Memorandum on the prevention of leprosy by segregation of the affected
Disease focus: Leprosy
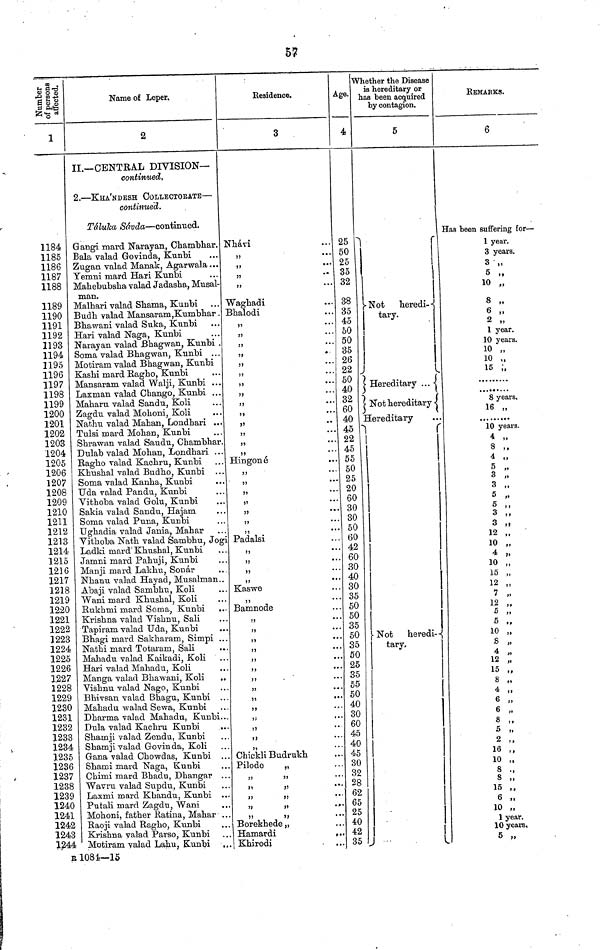
57
1
1184
1185
1186
1187
1188
1189
1190
1191
1192
1193
1194
1195
1196
1197
1198
1199
1200
1201
1202
1203
1204
1205
1206
1207
1208
1209
1210
1211
1212
1213
1214
1215
1216
1217
1218
1219
1220
1221
1222
1223
1224
1225
1226
1227
1228
1229
1230
1231
1232
1233
1234
1235
1236
1237
1238
1239
1240
1241
1242
1243
1244
Name of Leper.
2
II.— CENTRAL DIVISION—
continued.
2. — KHA'NDESH COLLECTORATE —
continued.
Táluka Sávda — continued.
Gangi mard Narayan, Chambhar.
Bala valad Govinda, Kunbi
Zugan valad Manak, Agarwala ...
Yemni mard Hari Kunbi
Mahebubsha valad Jadasha, Musal-
man.
Malhari valad Shama, Kunbi
Budh valad Mansaram,Kumbhar .
Bhawani valad Suka, Kunbi
Hari valad Naga, Kunbi
Narayan valad Bhagwan, Kunbi .
Soma valad Bhagwan, Kunbi . . .
Motirain valad Bhagwan, Kunbi
Kashi mard Ragho, Kunbi
Mansaram valad Walji, Kunbi ...
Laxman valad Chango, Kunbi ...
Maharu valad Sandu, Koli
Zagdu valad Mohoni, Koli
Nathu valad Mahan, Londhari ...
Tulsi mard Mohan, Kunbi
Shrawan valad Saudu, Chambhar.
Dulab valad Mohan, Londhari ...
Ragho valad Kachru, Kunbi
Khushal valad Budho, Kunbi ...
Soma valad Kanha, Kunbi
Uda valad Pandu, Kunbi
Vithoba valad Golu, Kunbi
Sakia valad Sandu, Hajam
Soma valad Puna, Kunbi
Ughadia valad Jania, Mahar
Vithoba Nath valad Sambhu, Jog
Ladki mard Khushal, Kunbi
Jamni mard Pahuji, Kunbi
Manji mard Lakhu, Sonar
Nhanu valad Hayad, Musalman..
Abaji valad Sambhu, Koli
Wani mard Khushal, Koli
Rukhmi mard Soma, Kunbi
Krishna valad Vishnu, Sali
Tapiram valad Uda, Kunbi
Bhagi mard Sakharam, Simpi ...
Nathi mard Totaram, Sali
Mahadu valad Kaikadi, Koli
Hari valad Mahadu, Koli
Manga valad Bhawani, Koli
Vishnu valad Nago, Kunbi
Bhivsan valad Bhagu, Kunbi . . .
Mahadu walad Sewa, Kunbi
Dharma valad Mahadu, Kunbi...
Dula valad Kachru Kunbi
Shamji valad Zendu, Kunbi
Shamji valad Govinda, Koli
Gana valad Chowdas, Kunbi ...
Shami mard Naga, Kunbi
Chimi mard Bhadu, Dhangar ...
Wavru valad Supdu, Kunbi
Laxmi mard Khandu, Kunbi ...
Putali mard Zagdu, Wani
Mohoni, father Ratina, Mahar . . .
Raoji valad Ragho, Kunbi
Krishna valad Parso, Kunbi
Motiram valad Lahu, Kunbi ...
Residence.
3
Nhávi
"
"
" "
"
Waghadi
Bhalodi
"
"
"
"
"
"
"
"
"
"
,,
"
"
"
"
Hingoné
"
"
"
"
"
"
"
Padalsi
"
"
"
"
Kaswe
Bamnode
"
Chickli Budrukh
...
Pilode
"
"
"
"
"
"
"
"
" " Borekhede „
Hamardi
Khirodi
Age.
4
25
50
25
35
32
38
35
45
50
50
35
26
22
50
40
32
60
40
45
22
45
55
50
25
20
60
30
30
50
60
42
60
30
40
30
35
50
50
35
50
35
50
25
35
55
50
40
30
60
45
40
45
30
32
28
62
65
25
40
42
35
Whether the Disease
is hereditary or
has been acquired
by contagion.
5
Not
heredi--
tary.
Hereditary ...
Not hereditary
Hereditary
Not
heredi-
tary.
REMARKS.
6
Has been suffering for —
1 year.
3 years.
3
10 „
8 „
2 „
1 year.
10 years.
10 „
10 „
15 ;,
8 years.
16 „
10 years.
4 "
8 ,,
4 „
5 „
3 „
3 „
5 „
5 ,,
3 „
3 ,
12 ,
10 ,
4 .
10 ,
15 ,
12 „
7 ,
12 ,
5 ,
5 ,
10 ,
8 „
4 „
12 „
15 „
8 „
4 ,
6 ,
6 ,
8 ,
5 ,
2 ,
16
10 ,
8 .
8 ,
15 ,
6 ,
10 ,
1 year.
10 years.
5 „
B1081—15